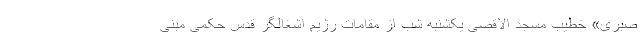
صبری» خطیب مسجد الاقصی یکشنبه شب از مقامات رژیم اشغالگر قدس حکمی مبنی